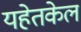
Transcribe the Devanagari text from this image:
यहेतकेल